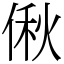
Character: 偢